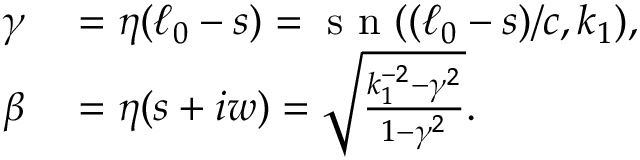
\begin{array} { r l } { \gamma } & { { } = \eta ( \ell _ { 0 } - s ) = \mathrm { ~ s ~ n ~ } ( ( \ell _ { 0 } - s ) / c , k _ { 1 } ) , } \\ { \beta } & { { } = \eta ( s + i w ) = \sqrt { \frac { k _ { 1 } ^ { - 2 } - \gamma ^ { 2 } } { 1 - \gamma ^ { 2 } } } . } \end{array}